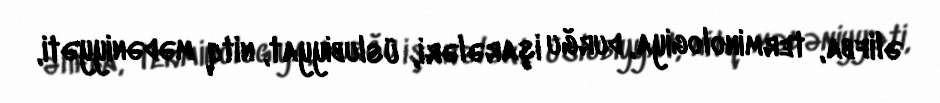
əlifba, terminologiya, durğu işarələri, üslubiyyat, nitq mədəniyyəti,